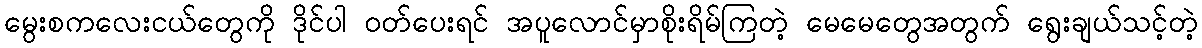
မွေးစကလေးငယ်တွေကို ဒိုင်ပါ ဝတ်ပေးရင် အပူလောင်မှာစိုးရိမ်ကြတဲ့ မေမေတွေအတွက် ရွေးချယ်သင့်တဲ့